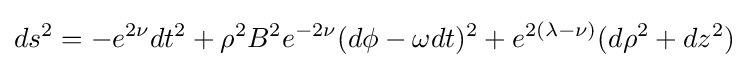
ds^{2}=-e^{2\nu }dt^{2}+\rho ^{2}B^{2}e^{-2\nu }(d\phi -\omega dt)^{2}+e^{2(\lambda -\nu )}(d\rho ^{2}+dz^{2})